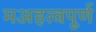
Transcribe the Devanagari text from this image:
मअहत्वपूर्ण